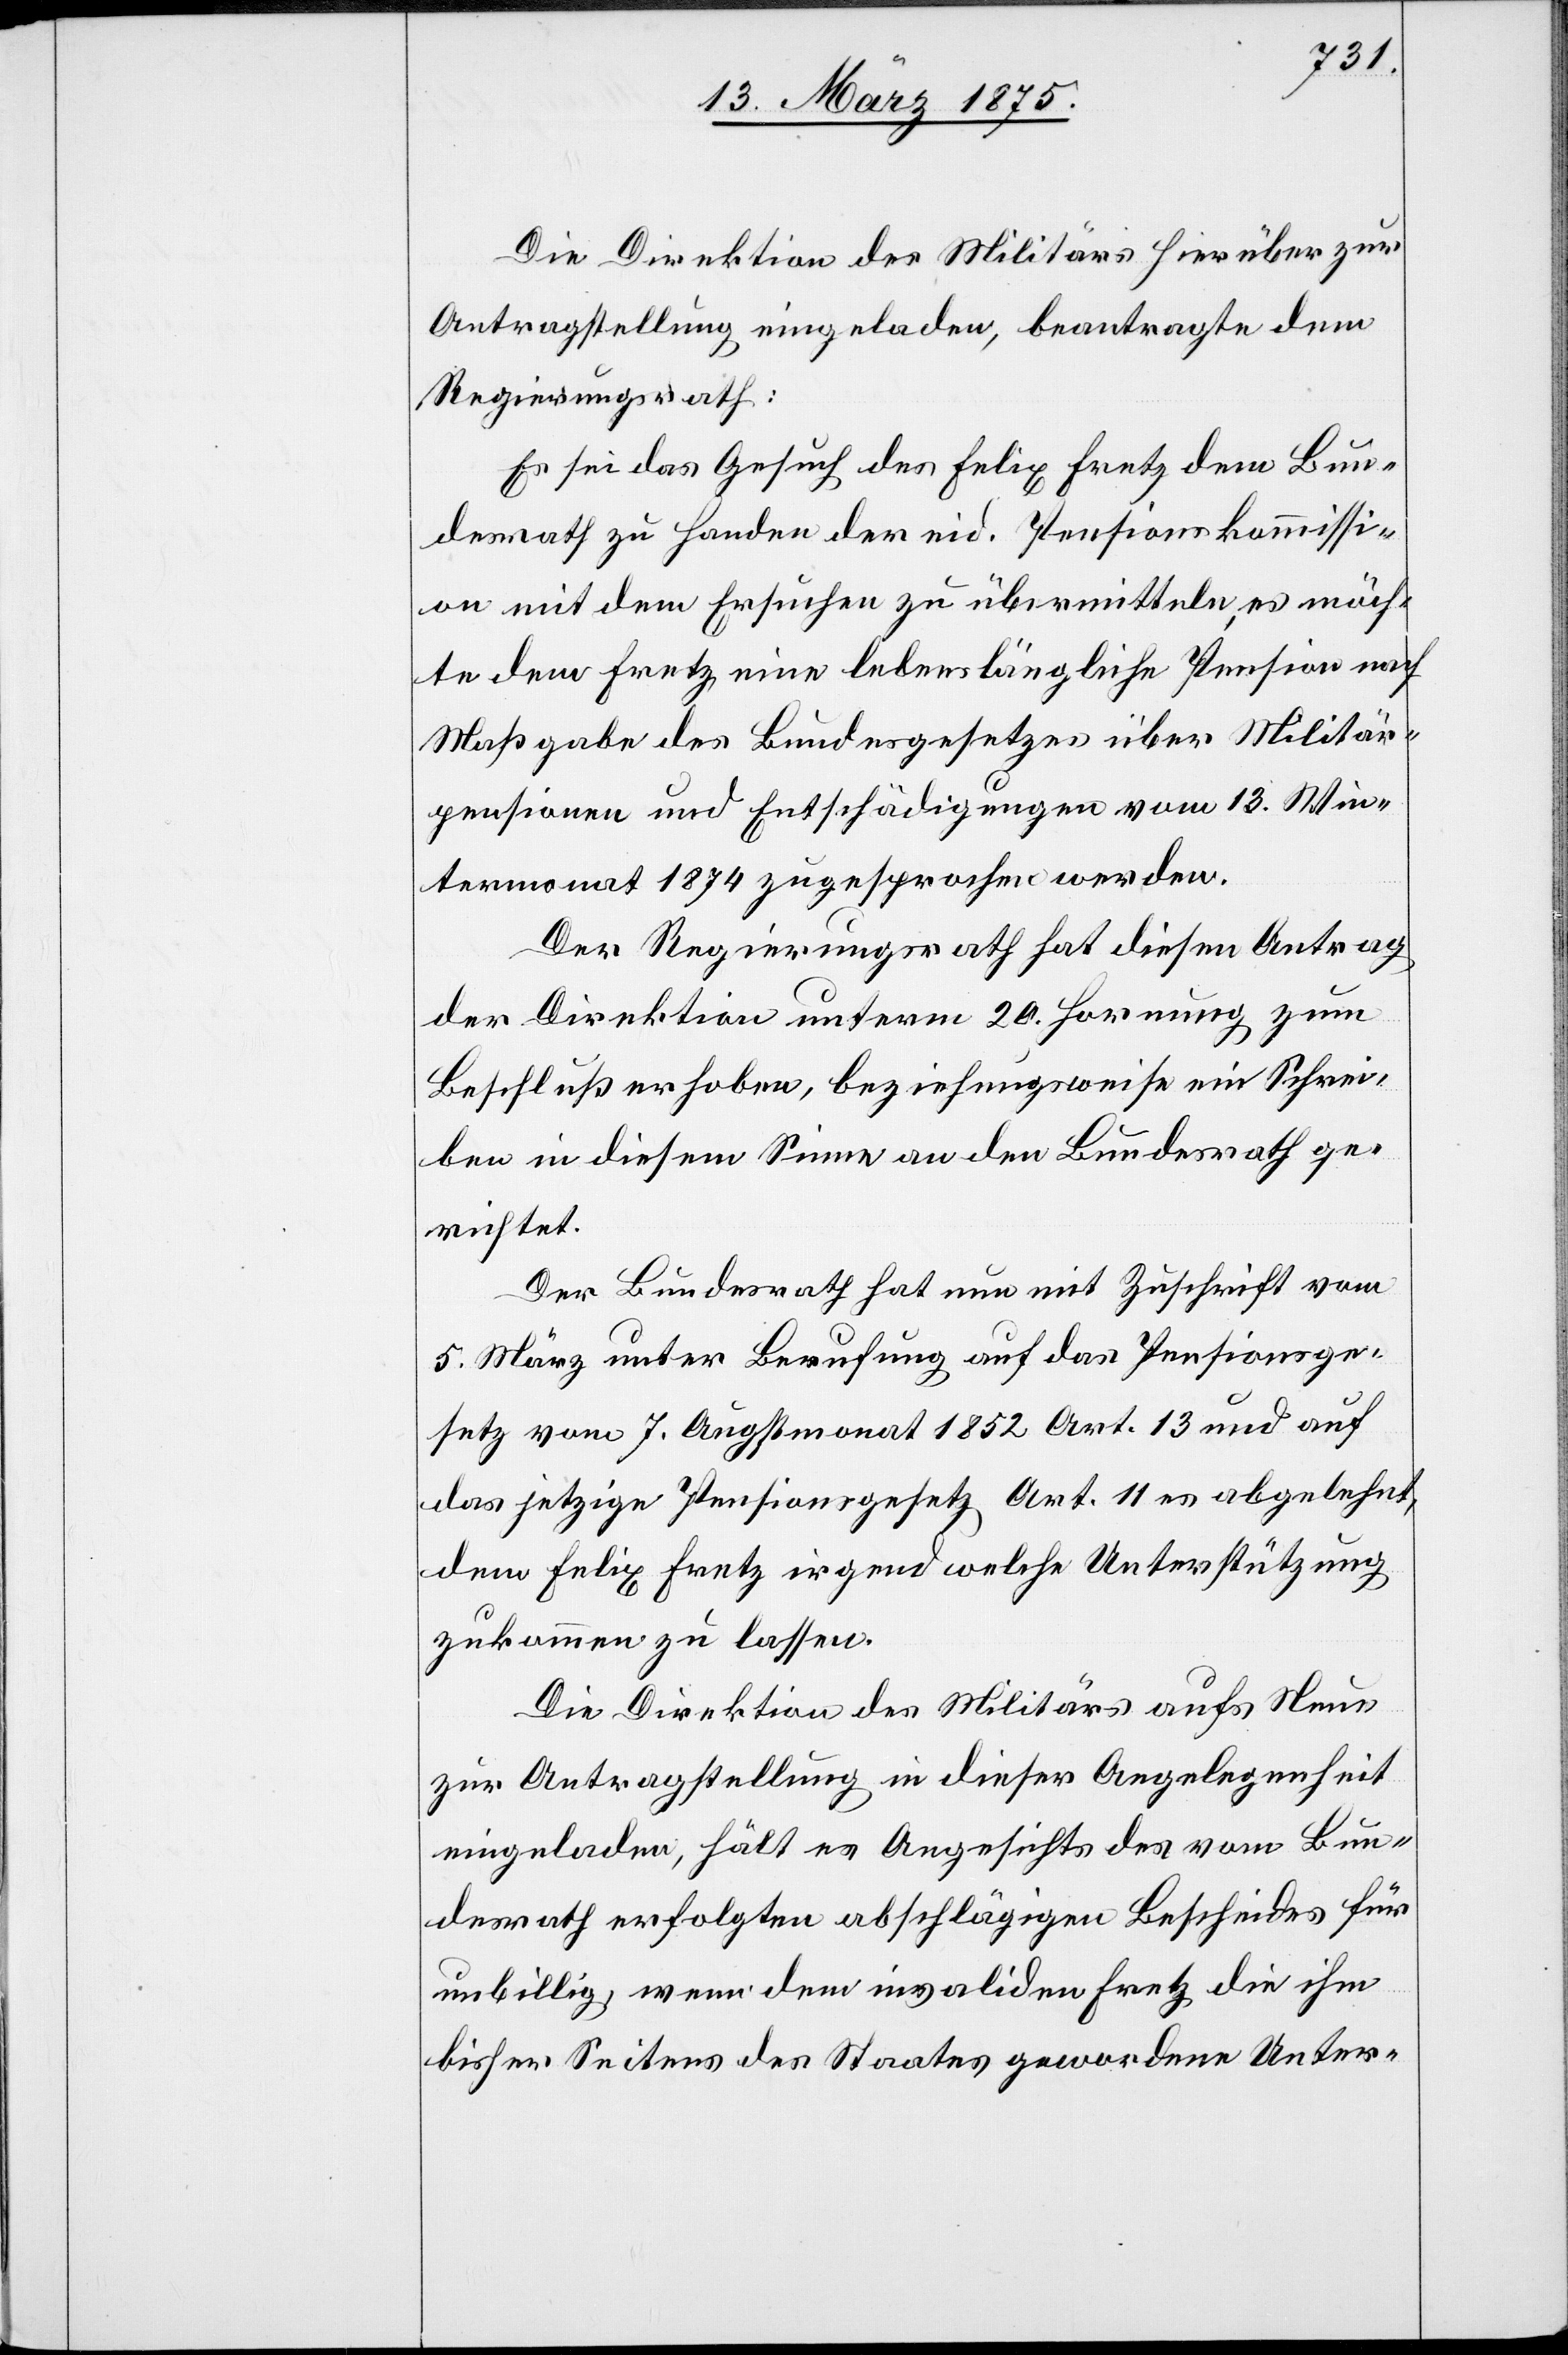
Die Direktion des Militärs hierüber zur
Antragstellung eingeladen, beantragte dem
Regierungsrath:
Es sei das Gesuch des Felix Fretz dem Bun¬
desrath zu Handen der eid Pensionskommissi¬
on mit dem Ersuchen zu übermitteln, es möch¬
te dem Fretz eine lebenslängliche Pension nach
Maßgabe des Bundesgesetzes über Militär¬
pensionen und Entschädigungen vom 13. Win¬
termonat 1874 zugesprochen werden.
Der Regierungsrath hat diesen Antrag
der Direktion unterm 20. Hornung zum
Beschluß erhoben, beziehungsweise ein Schrei¬
ben in diesem Sinne an den Bundesrath ge¬
richtet,
Der Bundesrath hat nun mit Zuschrift vom
5. März unter Berufung auf das Pensionsge¬
setz vom 7. Augstmonat 1852 Art. 13 und auf
das jetzige Pensionsgesetz Art. 11 es abgelehnt,
dem Felix Fretz irgend welche Unterstützung
zukommen zu lassen.
Die Direktion des Militärs aufs Neue
zu Antragstellung in dieser Angelegenheit
eingeladen, hält es Angesichts des vom Bun¬
desrath erfolgten abschlägigen Berichts für
unbillig, wenn dem Invaliden Fretz die ihm
bisher Seitens des Staates gewordene Unter-